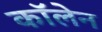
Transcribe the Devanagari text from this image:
कॉलेन